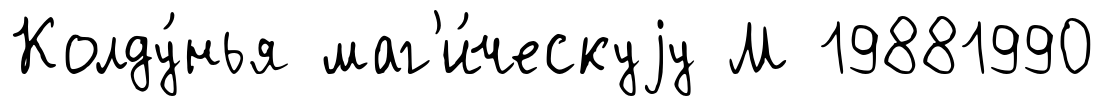
Колду́нья маг'и́ческуjу М 19881990